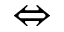
\Leftrightarrow